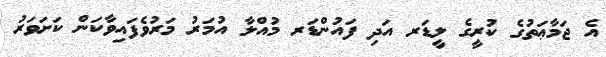
އެ ޖަމާޢަތުގެ ކުރީގެ ލީޑަރ އަދި ފައުންޑަރ މުއްލާ އުމަރު މަރުވެފައިވާކަން ކަށަވަރު